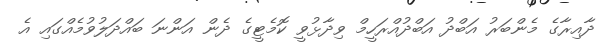
ދާއިރާގެ މެންބަރު އަބްދު އަބްދުއްރަހީމް ވިދާޅުވީ ކޮމެޓީގެ ދެން އަންނަ ބައްދަލުވުމެއްގައި އެ